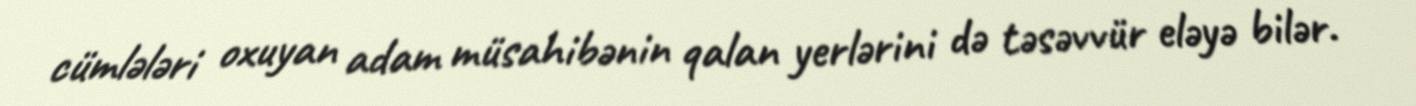
cümlələri oxuyan adam müsahibənin qalan yerlərini də təsəvvür eləyə bilər.